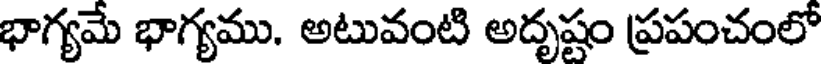
భాగ్యమే భాగ్యము. అటువంటి అదృష్టం ప్రపంచంలో